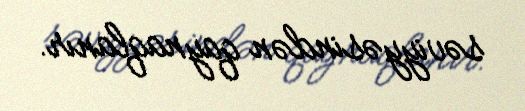
səviyyəsindən qaynaqlanır.